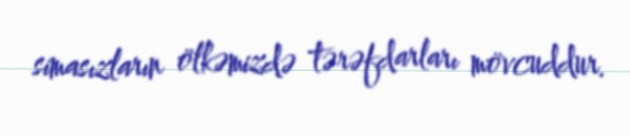
simasızların ölkəmizdə tərəfdarları mövcuddur.